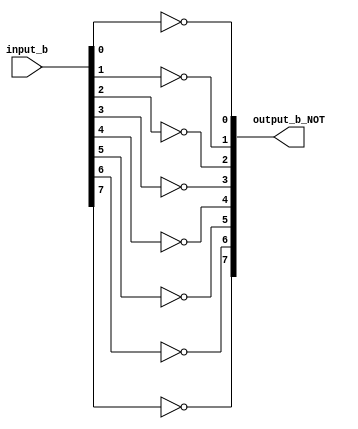
//Bitwise NOT

module myNOT8 (input_b, output_b_NOT);

input 	[7:0]	input_b;

output 	[7:0]	output_b_NOT;

not iNOT1 (output_b_NOT[0], input_b[0]);
not iNOT2 (output_b_NOT[1], input_b[1]);
not iNOT3 (output_b_NOT[2], input_b[2]);
not iNOT4 (output_b_NOT[3], input_b[3]);
not iNOT5 (output_b_NOT[4], input_b[4]);
not iNOT6 (output_b_NOT[5], input_b[5]);
not iNOT7 (output_b_NOT[6], input_b[6]);
not iNOT8 (output_b_NOT[7], input_b[7]);

endmodule